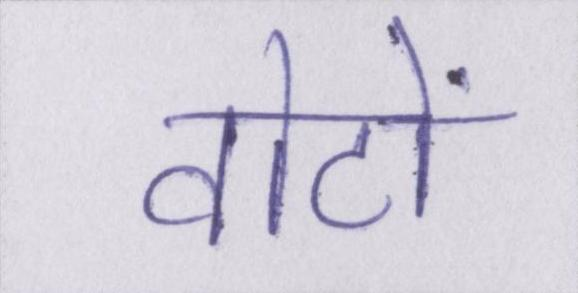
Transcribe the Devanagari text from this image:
वोटों